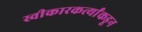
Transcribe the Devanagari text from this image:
स्वीकारकर्त्यांकडून